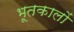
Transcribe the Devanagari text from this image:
भूतकालों